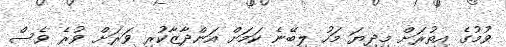
ވުމުގެ އިތުރަށް މިދިޔަ މަހު ލިބޭނެ ކަމަށް އަންދާޒާކުރި ވަރަށް ވުރެ ވެސް